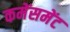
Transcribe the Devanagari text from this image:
कमेंसमेंट